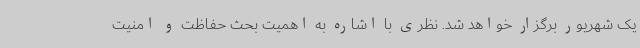
یک شهریور برگزار خواهد شد. نظری با اشاره به اهمیت بحث حفاظت و امنیت